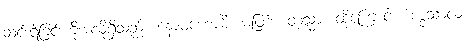
ဆင်းရဲခြင်းကိုအလိုရှိသည်။ နောဝဟောမိ၊ မဖြစ်။ တသ္မာ၊ ထို့ကြောင့်။ ဘဒ္ဒသာလံ၊